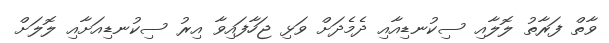
ވާތް ފަރާތު ލޮލާއި ސިކުނޑިއާއި ދެމެދަށް ވަޅި ޖަހާފައިވާ އިރު ސިކުނޑިއަށާއި ލޮލަށް